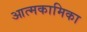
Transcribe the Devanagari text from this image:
आत्मकामिका